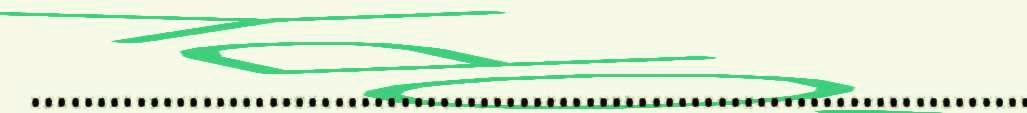
............................................................................